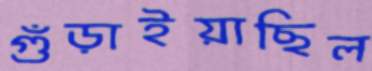
গুঁড়াইয়াছিল